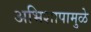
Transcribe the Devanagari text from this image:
अभिशापामुळे